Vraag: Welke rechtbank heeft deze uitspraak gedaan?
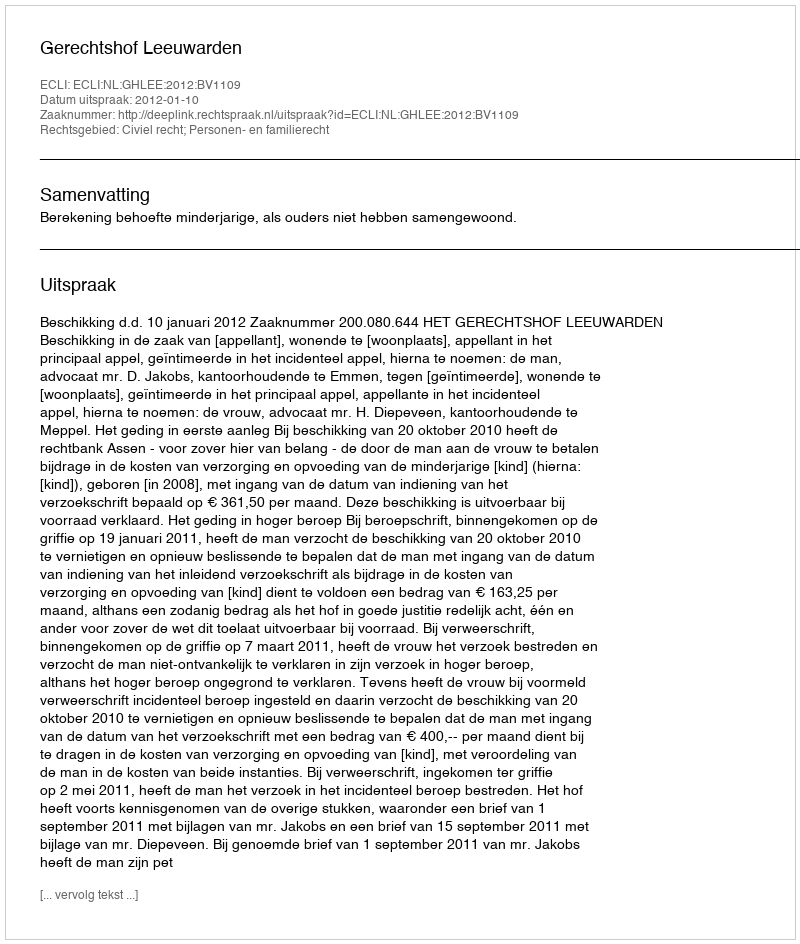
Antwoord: Gerechtshof Leeuwarden